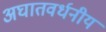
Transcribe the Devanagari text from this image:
अघातवर्धनीय